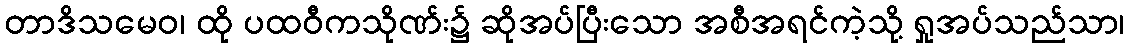
တာဒိသမေဝ၊ ထို ပထဝီကသိုဏ်း၌ ဆိုအပ်ပြီးသော အစီအရင်ကဲ့သို့ ရှုအပ်သည်သာ၊